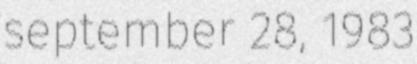
september 28, 1983